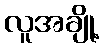
လူအချို့